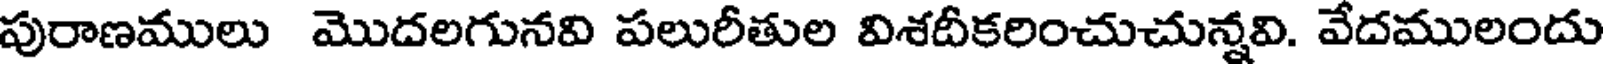
పురాణములు మొదలగునవి పలురీతుల విశదీకరించుచున్నవి. వేదములందు